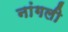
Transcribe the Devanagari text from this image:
नांगली